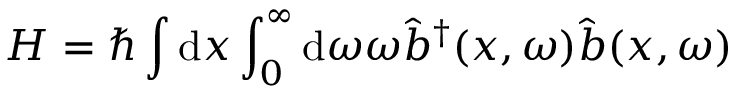
H = \hbar \int \mathrm { d } x \int _ { 0 } ^ { \infty } \mathrm { d } \omega \omega \hat { b } ^ { \dagger } ( x , \omega ) \hat { b } ( x , \omega )